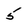
Character: 5